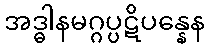
အဒ္ဓါနမဂ္ဂပ္ပဋိပန္နေန